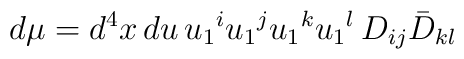
d \mu = d^4x \, du \, u_1{}^i u_1{}^j u_1{}^k u_1{}^l \, D_{ij}\bar{D}_{kl}